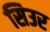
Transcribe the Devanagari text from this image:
सिउर